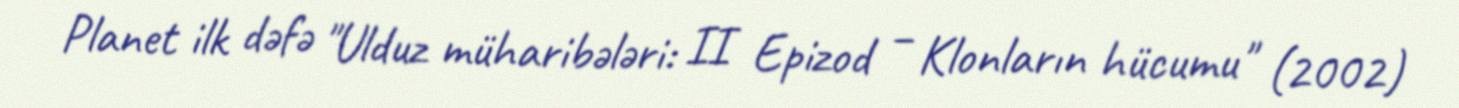
Planet ilk dəfə "Ulduz müharibələri: II Epizod – Klonların hücumu" (2002)